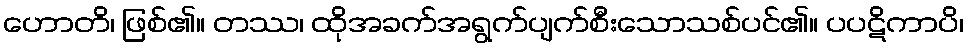
ဟောတိ၊ ဖြစ်၏။ တဿ၊ ထိုအခက်အရွက်ပျက်စီးသောသစ်ပင်၏။ ပပဋိကာပိ၊